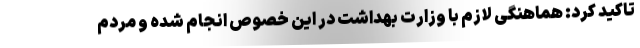
تاکید کرد: هماهنگی لازم با وزارت بهداشت در این خصوص انجام شده و مردم